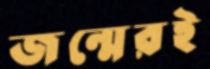
জন্মেরই